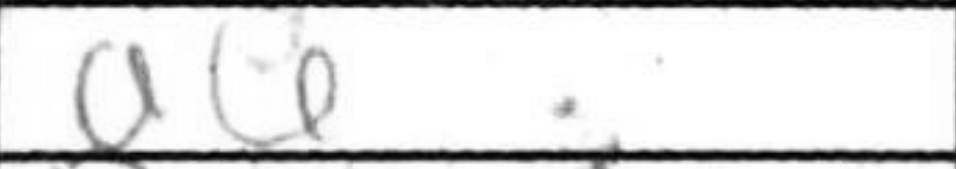
Transcription: a4